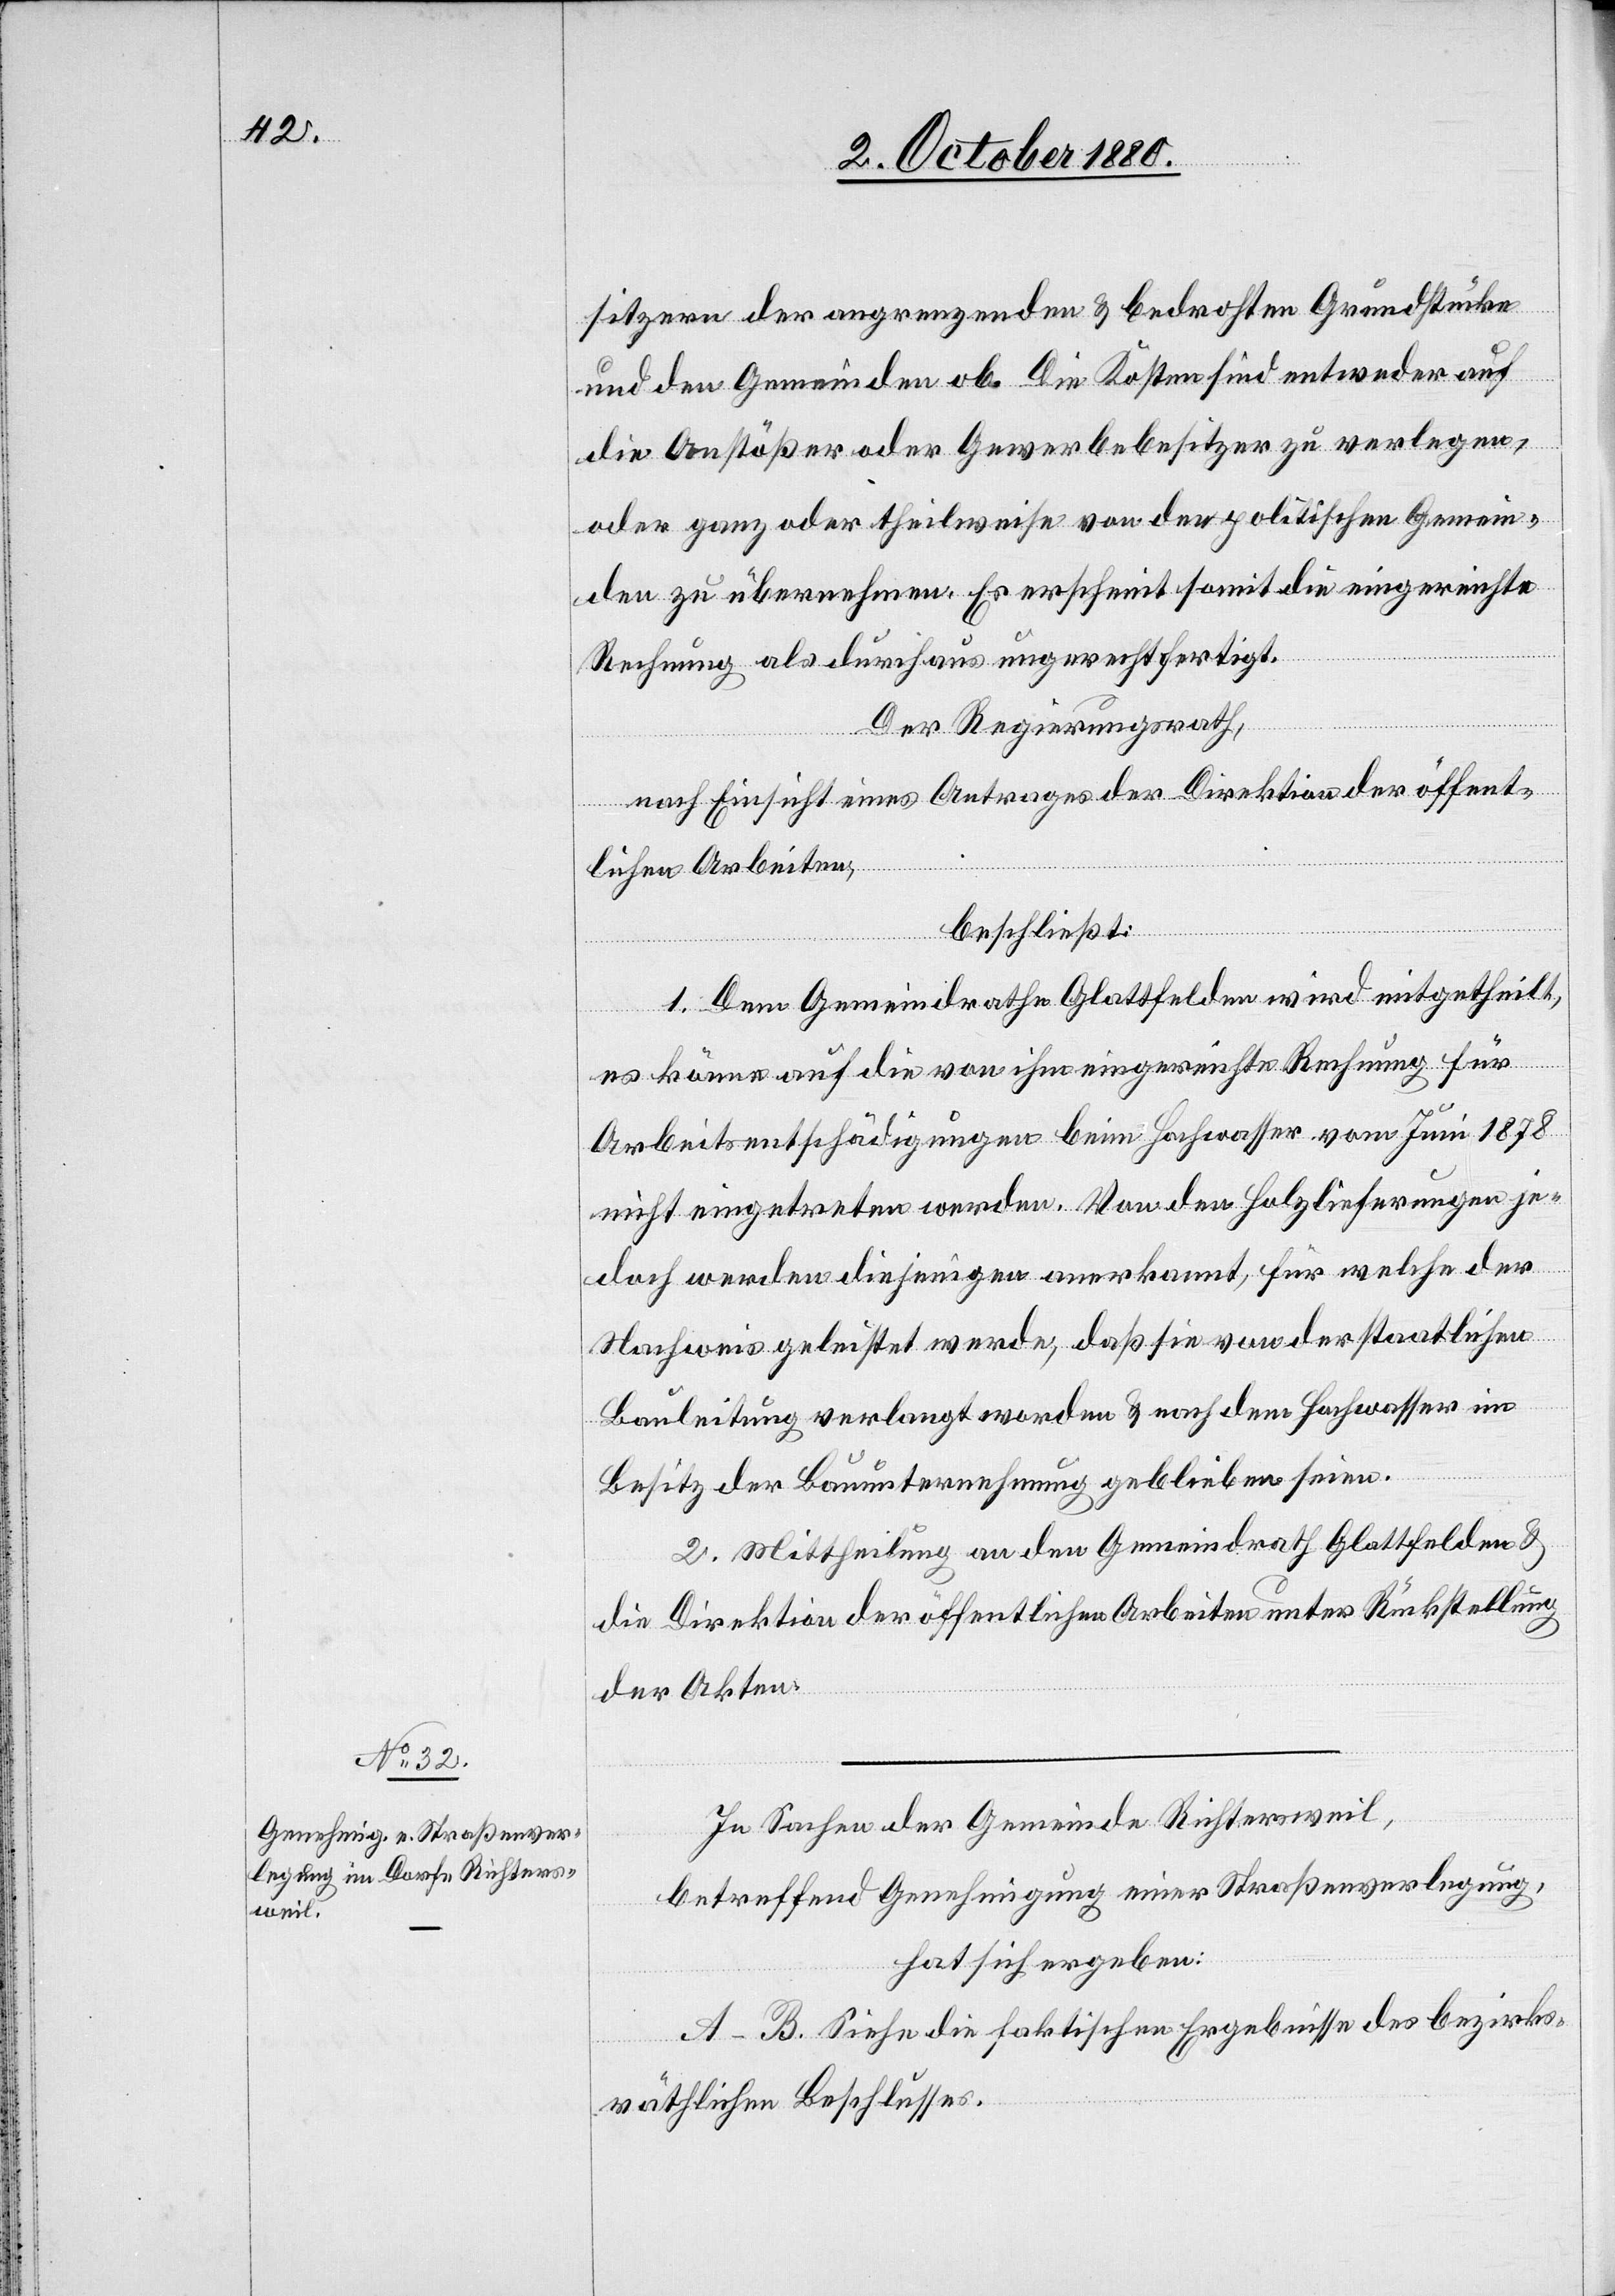
sitzern der angrenzenden & bedrohten Grundstücke
und den Gemeinden ob. Die Kosten sind entweder auf
die Anstößer oder Gewerbebesitzer zu verlegen,
oder ganz oder theilweise von den politischen Gemein¬
den zu übernehmen. Es erscheint somit die eingereichte
Rechnung als durchaus ungerechtfertigt.
Der Regierungsrath,
nach Einsicht eines Antrages der Direktion der öffent¬
lichen Arbeiten,
beschließt:
1. Dem Gemeindrahte Glattfelden wird mitgetheilt,
es könne auf die von ihm eingereichte Rechnung für
Arbeitsentschädigungen beim Hochwasser vom Juni 1878
nicht eingetreten werden. Von der Holzlieferungen je¬
doch werden diejenigen anerkannt, für welche der
Nachweis geleistet werde, daß sie von der staatlichen
Bauleitung verlangt worden & nach dem Hochwasser im
Besitz der Bauunternehmung geblieben seien.
2. Mittheilung an den Gemeindrath Glattfelden &
die Direktion der öffentlichen Arbeiten unter Rückstellung
der Akten.
In Sachen der Gemeinde Richtersweil,
betreffend Genehmigung einer Straßenverlegung,
hat sich ergeben:
A–B. Siehe die faktischen Ergebnisse des bezirks¬
räthlichen Beschlusses.